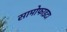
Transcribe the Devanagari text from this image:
सामोफाइटा